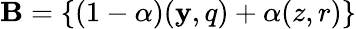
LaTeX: \mathbf{B}=\{ (1-\alpha)(\mathbf{y},q)+\alpha(z,r)\}